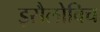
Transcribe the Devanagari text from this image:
इसैलोविच